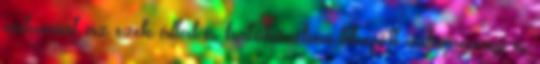
valamint az ezek által és hatókörében létrejött valamennyi és